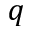
q